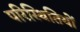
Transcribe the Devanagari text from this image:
परिस्‍िथतियों